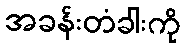
အခန်းတံခါးကို